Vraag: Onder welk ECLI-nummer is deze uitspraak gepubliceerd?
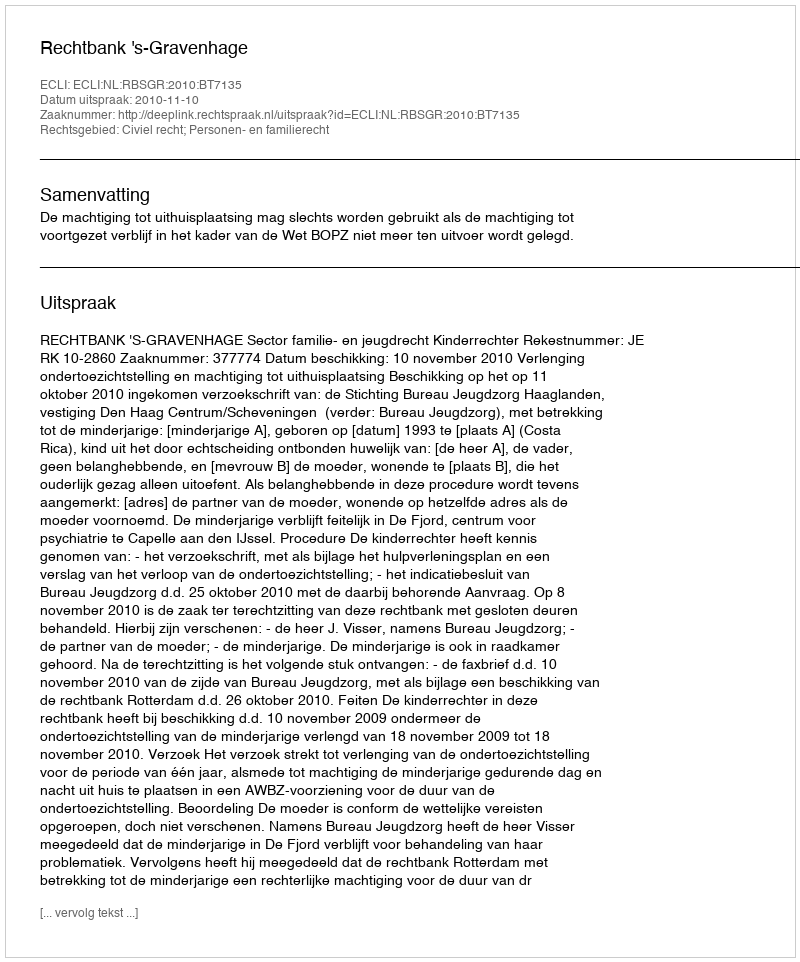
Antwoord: ECLI:NL:RBSGR:2010:BT7135